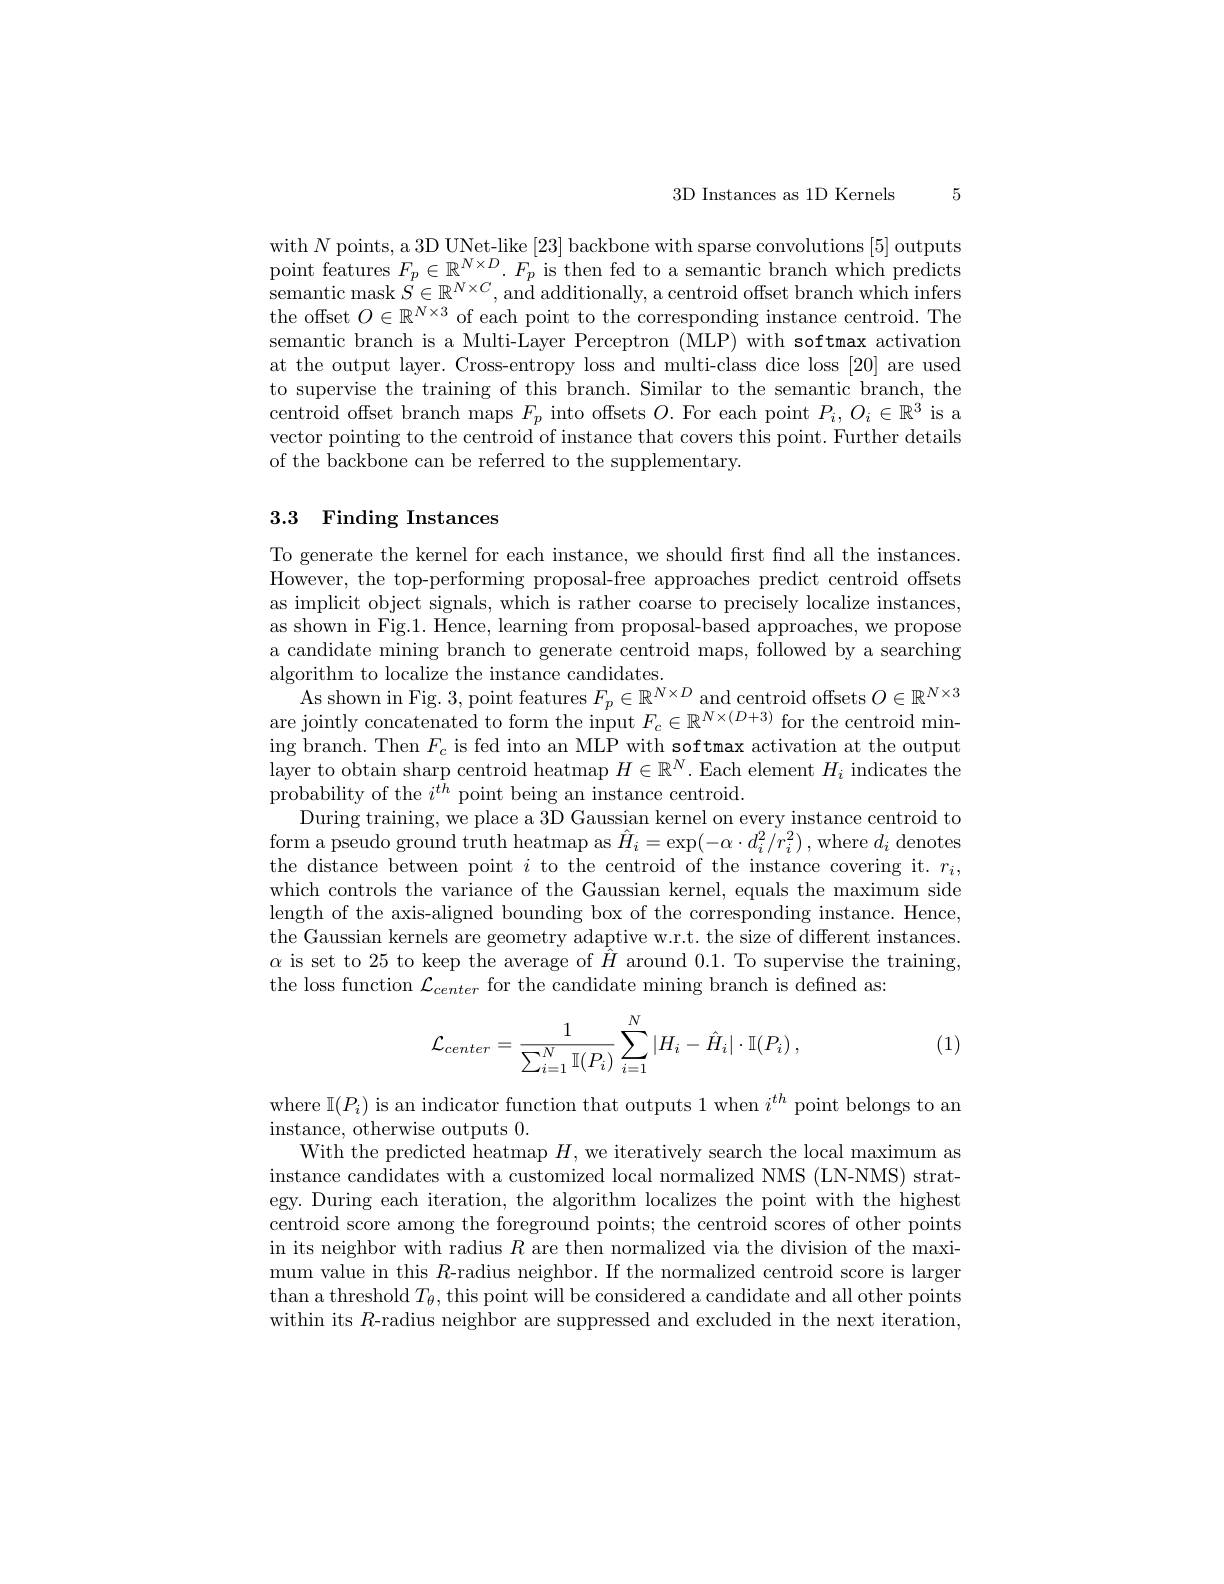
5

3D Instances as 1D Kernels

with $N$ points, a 3D UNet-like [23] backbone with sparse convolutions [5] outputs point features $F_p\in\mathbb{R}^{N\times D}.F_p$ is then fed to a semantic branch which predicts ${\mathrm{semantic~mask~}}S\in\mathbb{R}^{N\times C}$,and additionally, a centroid offset branch which infers the offset $O\in\mathbb{R}^N\times3$ of each point to the corresponding instance centroid. The semantic branch is a Multi-Layer Perceptron (MLP) with softmax activation at the output layer. Cross-entropy loss and multi-class dice loss [20] are used to supervise the training of this branch. Similar to the semantic branch, the centroid offset branch maps $F_p$ into offsets $O.$ For each point $P_i,O_i\in\mathbb{R}^3$ is a vector pointing to the centroid of instance that covers this point. Further details of the backbone can be referred to the supplementary.

# 3.3 Finding Instances

To generate the kernel for each instance, we should first find all the instances. However, the top-performing proposal-free approaches predict centroid offsets as implicit object signals, which is rather coarse to precisely localize instances, as shown in Fig.1. Hence, learning from proposal-based approaches, we propose a candidate mining branch to generate centroid maps, followed by a searching algorithm to localize the instance candidates.
As shown in Fig. 3, point features $F_p\in\mathbb{R}^N\times D$ and centroid offsets $O\in\mathbb{R}^N\times3$ are jointly concatenated to form the input $F_c\in\mathbb{R}^{N\times(D+3)}$ for the centroid mining branch. Then $F_{c}$ is fed into an MLP with softmax activation at the output $\bar{\text{layer to obtain sharp centroid heatmap }}H\in\mathbb{R}^N.$ Each element $H_i$ indicates the probability of the $i^{t\bar{h}}$ point being an instance centroid.
During training, we place a 3D Gaussian kernel on every instance centroid to form a pseudo ground truth heatmap as $\hat{H}_i=\exp(-\alpha\cdot d_i^2/r_i^2)$,where $d_i$ denotes the distance between point $i$ to the centroid of the instance covering it. $r_i$, which controls the variance of the Gaussian kernel, equals the maximum side length of the axis-aligned bounding box of the corresponding instance. Hence, the Gaussian kernels are geometry adaptive w.r.t. the size of different instances. $\alpha$ is set to 25 to keep the average of $\hat{H}$ around 0.1. To supervise the training, the loss function $\mathcal{L}_center$ for the candidate mining branch is defined as:
$$\mathcal{L}_{center}=\frac{1}{\sum_{i=1}^{N}\mathbb{I}(P_{i})}\sum_{i=1}^{N}|H_{i}-\hat{H}_{i}|\cdot\mathbb{I}(P_{i})\:,$$
(1)

where $\mathbb{I}(P_i)$ is an indicator function that outputs 1 when $i^th$ point belongs to an
instance, otherwise outputs 0.
With the predicted heatmap $H$, we iteratively search the local maximum as instance candidates with a customized local normalized NMS (LN-NMS) strategy. During each iteration, the algorithm localizes the point with the highest centroid score among the foreground points; the centroid scores of other points in its neighbor with radius $R$ are then normalized via the division of the maximum value in this $R$-radius neighbor. If the normalized centroid score is larger than a threshold $T_\theta$, this point will be considered a candidate and all other points within its $R$-radius neighbor are suppressed and excluded in the next iteration,